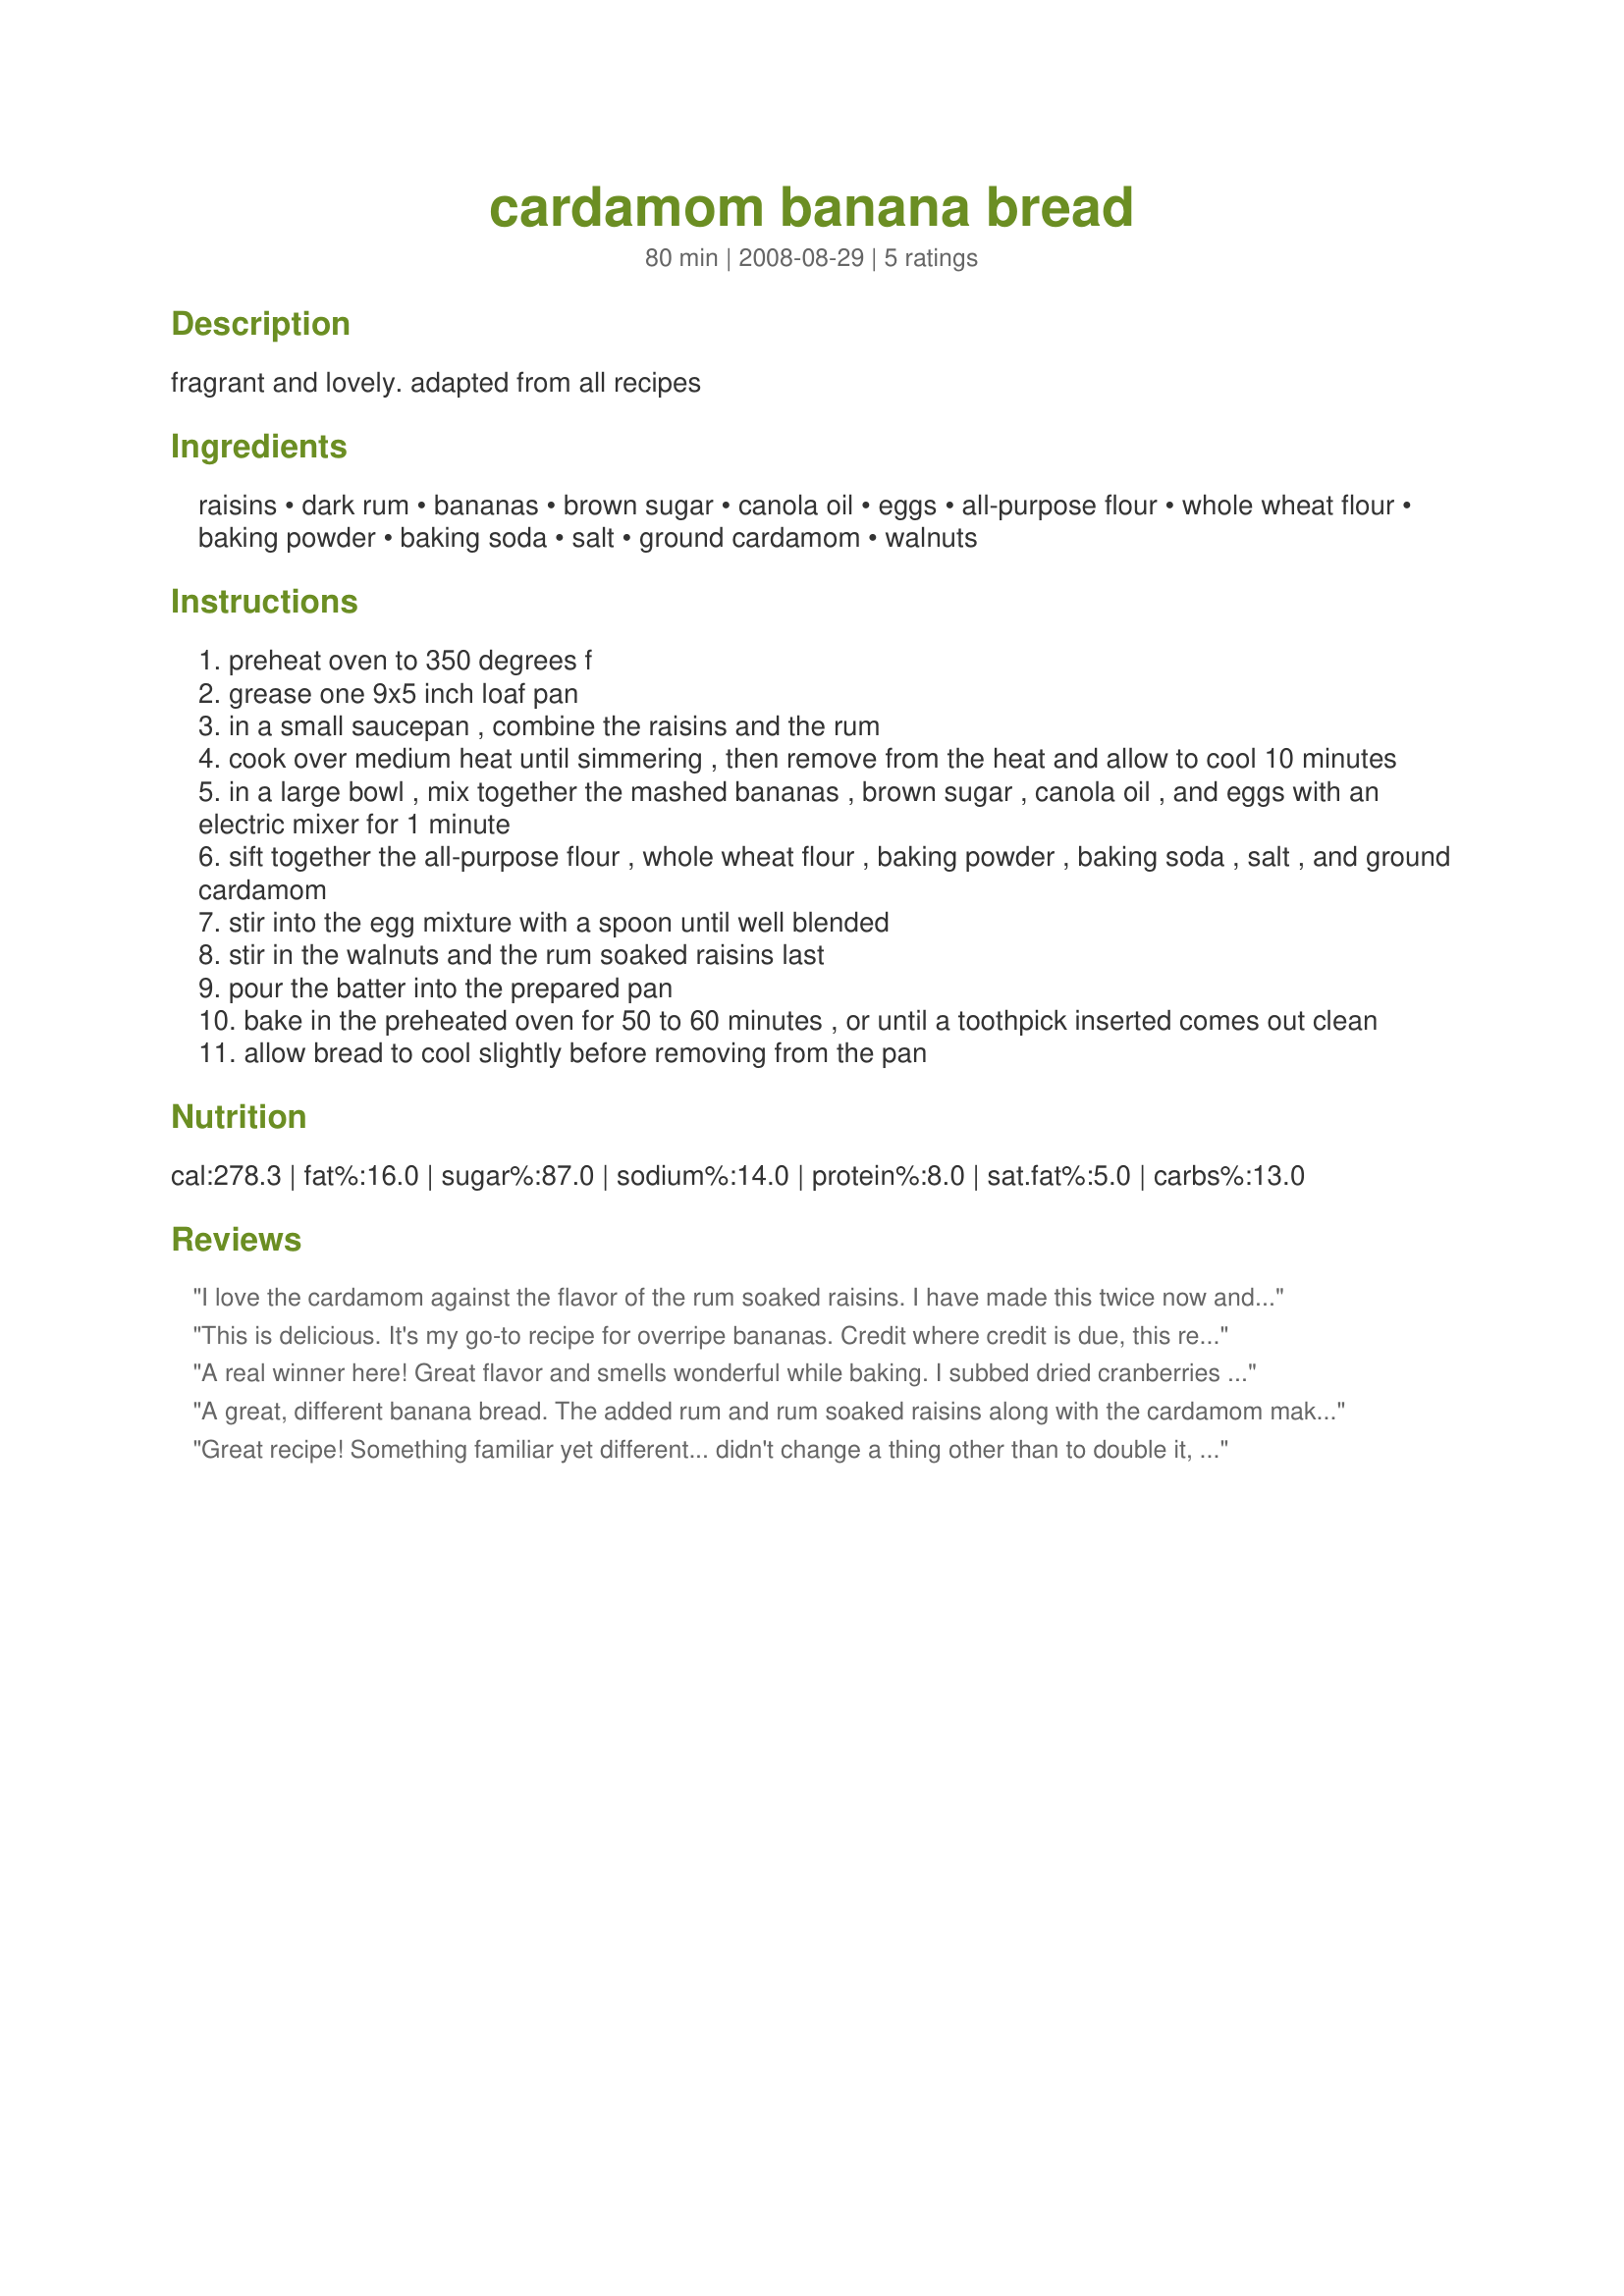
cardamom banana bread
Preparation time: 80 minutes

fragrant and lovely.
adapted from all recipes

Ingredients:
raisins, dark rum, bananas, brown sugar, canola oil, eggs, all-purpose flour, whole wheat flour, baking powder, baking soda, salt, ground cardamom, walnuts

Steps:
preheat oven to 350 degrees f
grease one 9x5 inch loaf pan
in a small saucepan , combine the raisins and the rum
cook over medium heat until simmering , then remove from the heat and allow to cool 10 minutes
in a large bowl , mix together the mashed bananas , brown sugar , canola oil , and eggs with an electric mixer for 1 minute
sift together the all-purpose flour , whole wheat flour , baking powder , baking soda , salt , and ground cardamom
stir into the egg mixture with a spoon until well blended
stir in the walnuts and the rum soaked raisins last
pour the batter into the prepared pan
bake in the preheated oven for 50 to 60 minutes , or until a toothpick inserted comes out clean
allow bread to cool slightly before removing from the pan

Reviews:
I love the cardamom against the flavor of the rum soaked raisins. I have made this twice now and it is excellent when I soak rum into the finished bread. Moist and easy. I make a large square and a loaf out of it. They are thinner.
This is delicious. It's my go-to recipe for overripe bananas. Credit where credit is due, this recipe is from Didi Emmons' Vegetarian Planet.
A real winner here! Great flavor and smells wonderful while baking. I subbed dried cranberries for the raisins, but otherwise made as written. A nice change from plain banana bread, and I love cardamom!
A great, different banana bread. The added rum and rum soaked raisins along with the cardamom make this special. I cut the recipe to 8 servings and used an 8x4 pan and it baked on convection in 55 mins @325. It's very moist. Thanks Lorrie for a real keeper. Made for Photo Tag.
Great recipe! Something familiar yet different... didn't change a thing other than to double it, and I'm above 4,000 feet in Colorado. Thanks for sharing!!!
